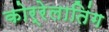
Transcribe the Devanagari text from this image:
कोर्रेलातिंग